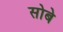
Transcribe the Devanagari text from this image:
सोबे